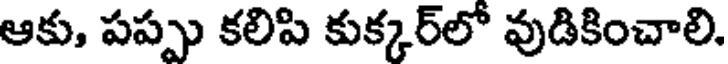
ఆకు, పప్పు కలిపి కుక్కర్లో వుడికించాలి.